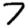
Digit: 7